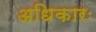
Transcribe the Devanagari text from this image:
अधिकारः